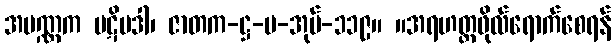
အပဏ္ဏက ပဋိပဒါ၊ ဇာတက-ဋ္ဌ-ပ-အုပ်-၁၁၉။ ။အရဟတ္တဖိုလ်ရောက်စေရန်